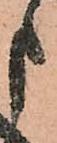
申